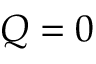
Q = 0